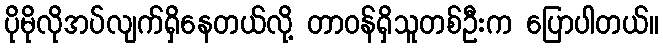
ပိုမိုလိုအပ်လျက်ရှိနေတယ်လို့ တာဝန်ရှိသူတစ်ဦးက ပြောပါတယ်။